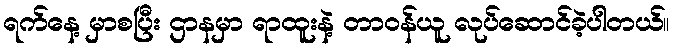
ရက်နေ့ မှာစပြီး ဌာနမှာ ရာထူးနဲ့ တာဝန်ယူ လုပ်ဆောင်ခဲ့ပါတယ်။